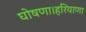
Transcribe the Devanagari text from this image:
घोषणा।हरियाणा